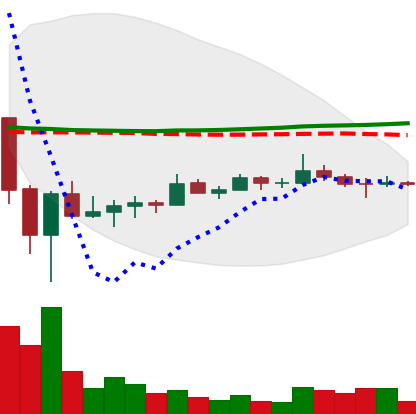
Ticker: TRX-USD
Chart end date: 2022-07-02
Forward return: 5.988%
Label: up_5_7